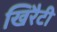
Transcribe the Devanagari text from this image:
खिरैटी